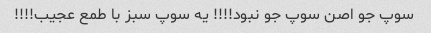
سوپ جو اصن سوپ جو نبود!!!! یه سوپ سبز با طمع عجیب!!!!